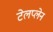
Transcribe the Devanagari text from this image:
टेलप्लेन